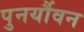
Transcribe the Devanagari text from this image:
पुनर्यौवन